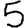
Digit: 5